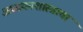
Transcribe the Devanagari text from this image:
अध्ययनशास्त्राचा